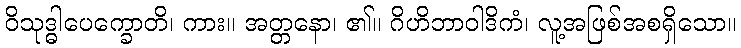
ဝိသုဒ္ဓါပေက္ခောတိ၊ ကား။ အတ္တနော၊ ၏။ ဂိဟိဘာဝါဒိကံ၊ လူ့အဖြစ်အစရှိသော။